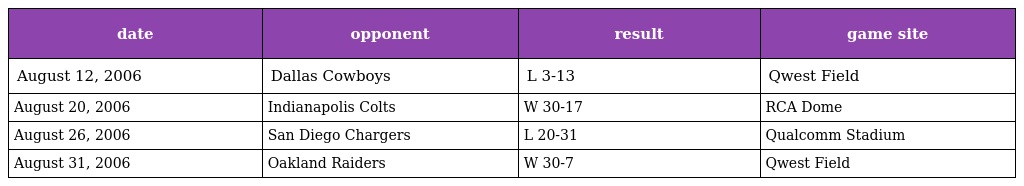
| date | opponent | result | game site |
 | --- | --- | --- | --- |
 | August 12, 2006 | Dallas Cowboys | L 3-13 | Qwest Field |
 | August 20, 2006 | Indianapolis Colts | W 30-17 | RCA Dome |
 | August 26, 2006 | San Diego Chargers | L 20-31 | Qualcomm Stadium |
 | August 31, 2006 | Oakland Raiders | W 30-7 | Qwest Field |